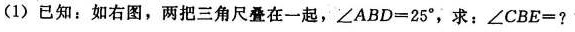
(1)已知：如右图，两把三角尺叠在一起，∠ABD=25°，求：∠CBE=？